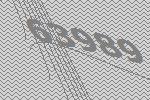
63989